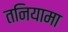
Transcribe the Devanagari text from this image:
तनियामा